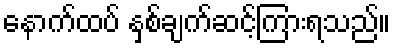
နောက်ထပ် နှစ်ချက်ဆင့်ကြားရသည်။